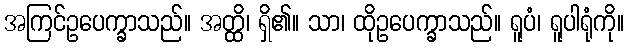
အကြင်ဥပေက္ခာသည်။ အတ္ထိ၊ ရှိ၏။ သာ၊ ထိုဥပေက္ခာသည်။ ရူပံ၊ ရူပါရုံကို။